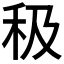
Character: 𥝥